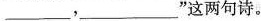
___，___”这两句诗。